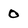
Character: 0